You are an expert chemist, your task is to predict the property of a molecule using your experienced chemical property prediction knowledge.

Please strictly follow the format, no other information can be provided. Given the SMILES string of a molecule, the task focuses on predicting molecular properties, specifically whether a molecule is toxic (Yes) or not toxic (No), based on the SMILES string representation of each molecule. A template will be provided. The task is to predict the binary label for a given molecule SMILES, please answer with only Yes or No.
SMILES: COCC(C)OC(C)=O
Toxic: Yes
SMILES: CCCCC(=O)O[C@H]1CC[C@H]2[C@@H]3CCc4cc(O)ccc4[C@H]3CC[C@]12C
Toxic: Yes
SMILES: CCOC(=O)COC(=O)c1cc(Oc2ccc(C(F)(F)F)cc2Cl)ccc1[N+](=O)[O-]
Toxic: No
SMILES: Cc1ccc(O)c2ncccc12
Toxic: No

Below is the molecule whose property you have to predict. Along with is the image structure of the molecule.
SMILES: O=C(Nc1ccc(Br)cc1)c1cc(Br)cc(Br)c1O
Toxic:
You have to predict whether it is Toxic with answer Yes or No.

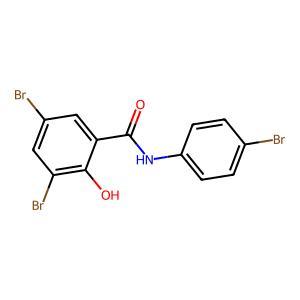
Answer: No